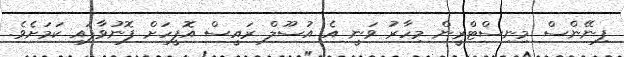
ފިނޭންސް މިނިސްޓްރީން މިހާރު ވަނީ އެ އުސޫލް ރައީސް އޮފީހަށް ފޮނުވާފައި ކަަމަށެވެ.